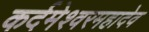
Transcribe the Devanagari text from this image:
कर्दमेश्वरमहादेव